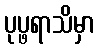
ပုပ္ဖရာသိမှာ